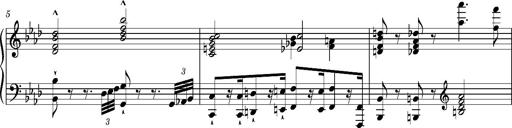
Title: Introduction des Variations sur une marche du SiÃ¨ge de Corinthe, S.421a
Composer: Franz Liszt
Key: F minor